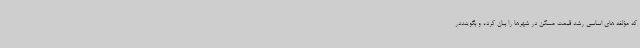
که مؤلفه های اساسی رشد قیمت مسکن در شهرها را بیان کرده و بگوینددر